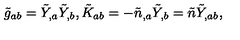
\tilde { g } _ { a b } = \tilde { Y } _ { , a } \tilde { Y } _ { , b } , \tilde { K } _ { a b } = - \tilde { n } _ { , a } \tilde { Y } _ { , b } = \tilde { n } \tilde { Y } _ { , a b } ,